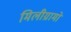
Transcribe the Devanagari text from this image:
मिलीग्रामों